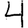
Digit: 4